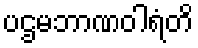
ပဌမဘာဏဝါရံတိ